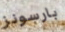
بارسونز